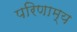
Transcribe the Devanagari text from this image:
परिणाम्य